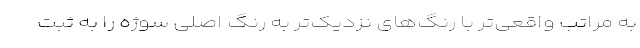
به مراتب واقعی‌تر با رنگ‌های نزدیک‌تر به رنگ اصلی سوژه را به ثبت